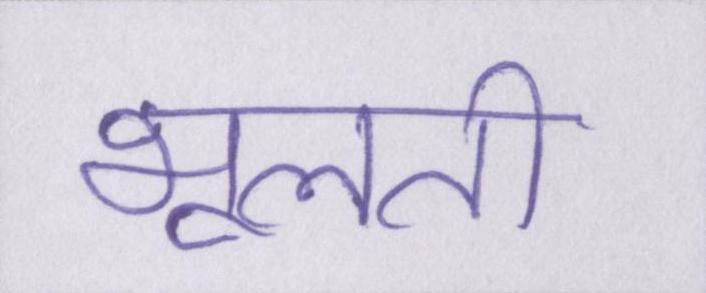
भूलती